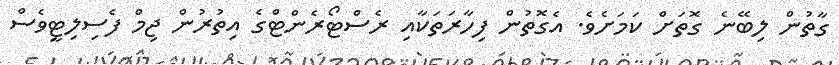
ގާތުން ލިބޭނެ ގޮތަށް ކަމަށެވެ. އެގޮތުން ފިހާރަތަކާއި ރެސްޓޯރެންޓްގެ އިތުރުން ޖިމް ފެސިިލިޓީވެސް